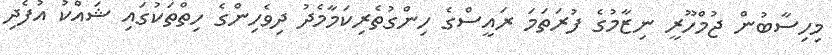
މިހިސާބުން ޖުމްހޫރީ ނިޒާމުގެ ފުރަތަމަ ރައީސްގެ ހިންގުތެރިކަމާމެދު ދިވެހިންގެ ހިތްތަކުގައި ޝައްކު އުފެދި